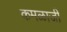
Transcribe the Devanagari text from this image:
कमळाजी